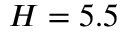
H = 5 . 5